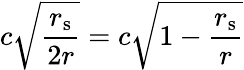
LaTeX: c{\sqrt{\frac{r_{\mathrm{{s}}}}{2r}}}=c{\sqrt{1-{\frac{r_{\mathrm{{s}}}}{r}}}}